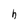
Character: h